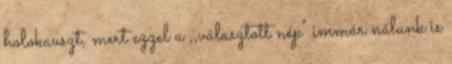
holokauszt, mert ezzel a ,,választott nép" immár nálunk is